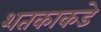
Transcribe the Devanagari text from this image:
शतकाकडे